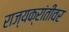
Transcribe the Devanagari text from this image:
राज्यक्रांतीवर